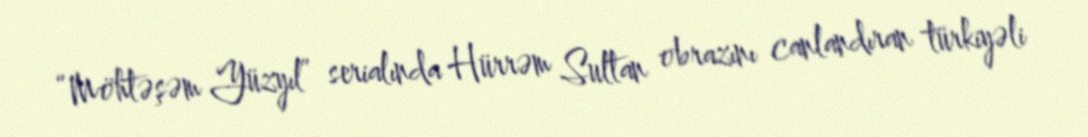
“Möhtəşəm Yüzyıl” serialında Hürrəm Sultan obrazını canlandıran türkiyəli